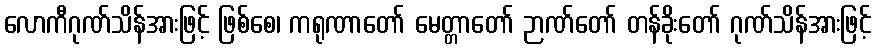
လောကီဂုဏ်သိန်အားဖြင့် ဖြစ်စေ၊ ကရုဏာတော် မေတ္တာတော် ဉာဏ်တော် တန်ခိုးတော် ဂုဏ်သိန်အားဖြင့်